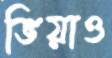
ভিয়াও